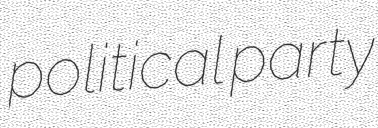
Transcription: political party